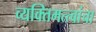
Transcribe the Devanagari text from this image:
व्यक्तिमत्त्वांचा